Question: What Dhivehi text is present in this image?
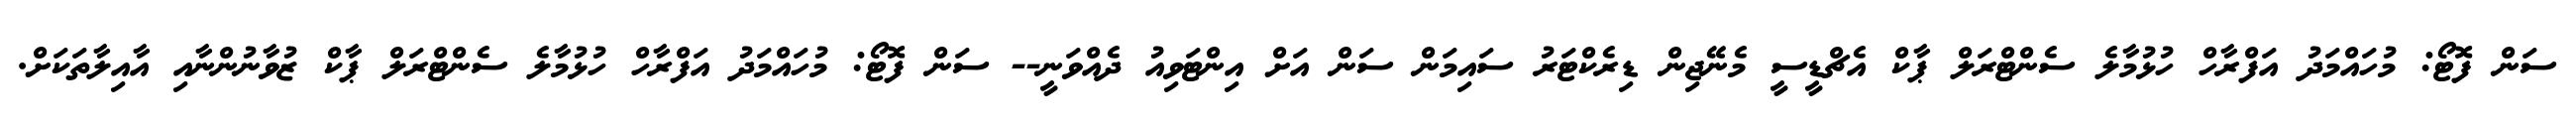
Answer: ސަން ފޮޓޯ: މުހައްމަދު އަފްރާހް ހުޅުމާލެ ސެންޓްރަލް ޕާކް އެޗްޑީސީ މެނޭޖިން ޑިރެކްޓަރު ސައިމަން ސަން އަށް އިންޓަވިއު ދެއްވަނީ-- ސަން ފޮޓޯ: މުހައްމަދު އަފްރާހް ހުޅުމާލެ ސެންޓްރަލް ޕާކް ޒުވާނުންނާއި އާއިލާތަކަށް.